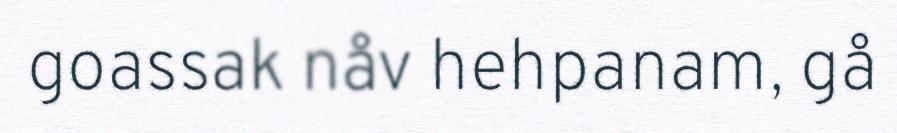
goassak nåv hehpanam, gå